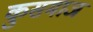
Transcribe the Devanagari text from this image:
कुसमाज